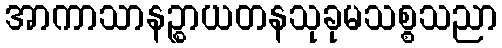
အာကာသာနဉ္စာယတနသုခုမသစ္စသညာ